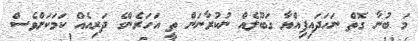
މަ ބުނާ ގޮތް ނަހަދައިފިއްޔާ ގަބޫލެއް ނުކުރާނަން ތީ އަހަރެންގެ ދަރިއެއް ކަމަކަށްވެސް